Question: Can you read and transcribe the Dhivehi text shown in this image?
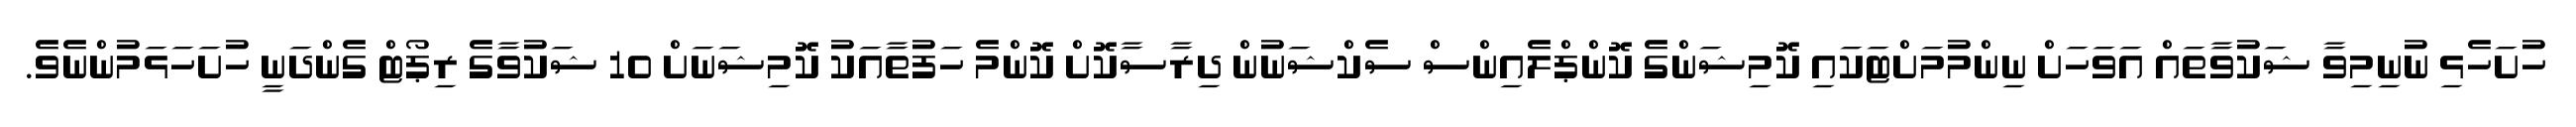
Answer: ހުށަހެޅި ނުނިމިވާ ޝަކުވާތައް އަވަހަށް ނިންމުމަށްޓަކައި ކޮމިޝަންގެ ކޮންޕްލެއިންސް ސެކްޝަނުން ދިރާސާކޮށް ކޮންމެ ހަފުތާއަކު ކޮމިޝަނަށް 10 ޝަކުވާގެ ރިޕޯޓް ގެންދަނީ ހުށަހަޅަމުންނެވެ.